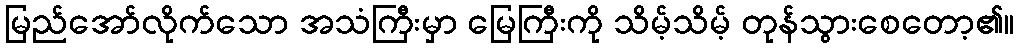
မြည်အော်လိုက်သော အသံကြီးမှာ မြေကြီးကို သိမ့်သိမ့် တုန်သွားစေတော့၏။